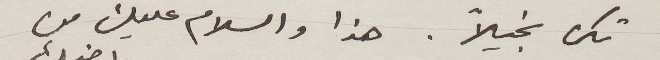
تكن بخيلاً. هذا والسلام عليك من